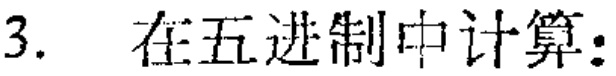
3. 在五进制中计算：